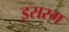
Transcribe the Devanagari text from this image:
इसरग